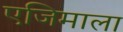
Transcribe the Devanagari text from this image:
एजिमाला